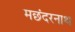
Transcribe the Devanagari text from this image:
मछंदरनाथ